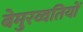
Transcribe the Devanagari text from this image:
बेमुरव्वतियों